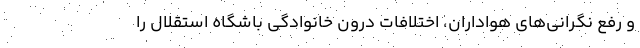
و رفع نگرانی‌های هواداران، اختلافات درون خانوادگی باشگاه استقلال را